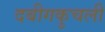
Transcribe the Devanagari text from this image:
दबीगकुचली